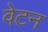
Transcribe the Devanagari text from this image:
वेटन